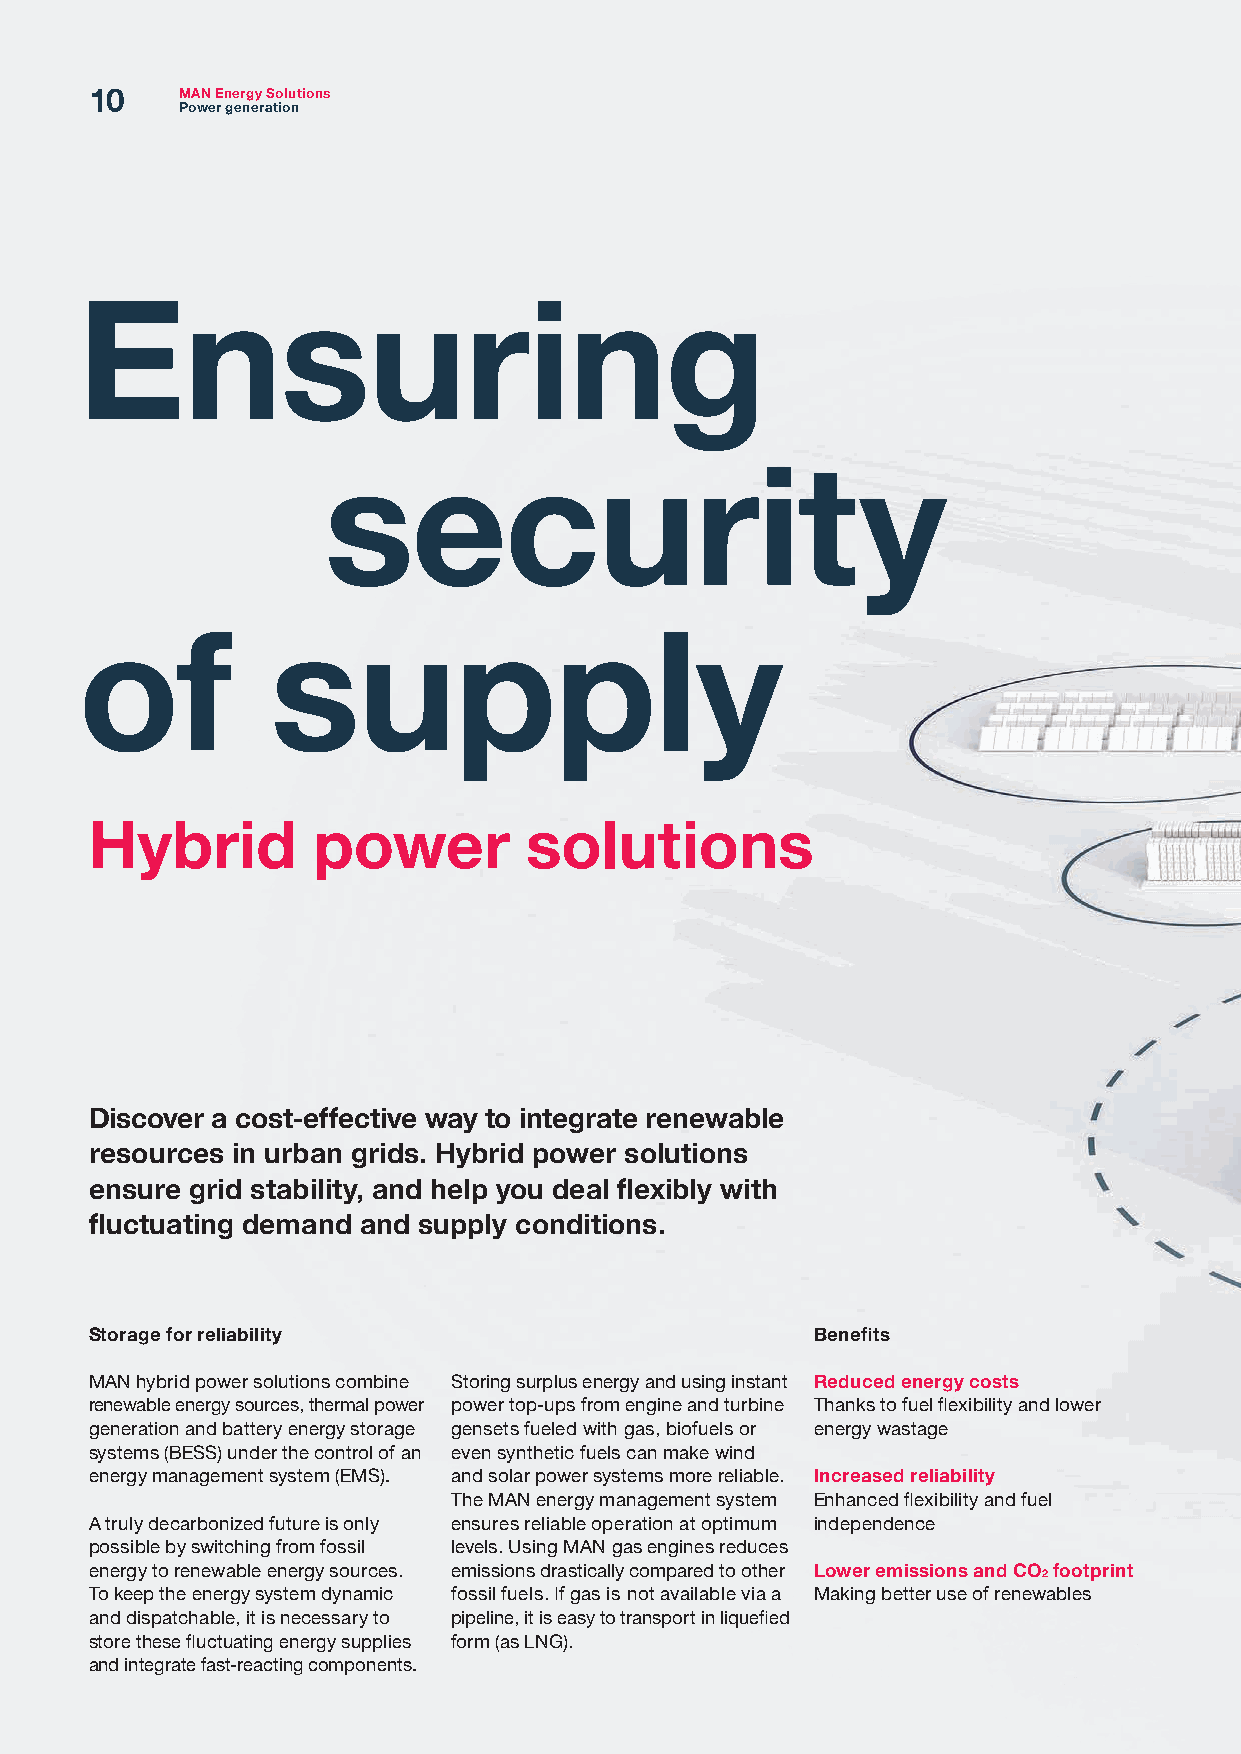
10    MAN Energy Solutions
 Power generation
 Ensuring
 security
 of           supply
 Hybrid         power         solutions
 Discover a cost-effective way to integrate renewable
 resources in urban grids. Hybrid power solutions
 ensure grid stability, and help you deal flexibly with
 fluctuating demand and supply conditions.
 Storage for reliability                         Benefits
 MAN hybrid power solutions combine Storing surplus energy and using instant Reduced energy costs
 renewable energy sources, thermal power power top-ups from engine and turbine Thanks to fuel flexibility and lower
 generation and battery energy storage gensets fueled with gas, biofuels or energy wastage
 systems (BESS) under the control of an even synthetic fuels can make wind
 energy management system (EMS). and solar power systems more reliable. Increased reliability
 The MAN energy management system Enhanced flexibility and fuel
 A truly decarbonized future is only ensures reliable operation at optimum independence
 possible by switching from fossil levels. Using MAN gas engines reduces
 energy to renewable energy sources. emissions drastically compared to other Lower emissions and CO2 footprint
 To keep the energy system dynamic fossil fuels. If gas is not available via a Making better use of renewables
 and dispatchable, it is necessary to pipeline, it is easy to transport in liquefied
 store these fluctuating energy supplies form (as LNG).
 and integrate fast-reacting components.